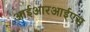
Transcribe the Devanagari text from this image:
आईआरआईएस